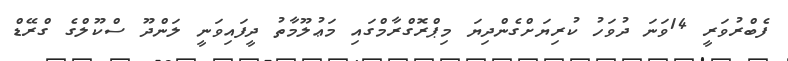
ފެބްރުވަރީ 14ވަނަ ދުވަހު ކުރިޔަށްގެންދިޔަ މިޕްރޮގްރާމްގައި މަޢުލޫމާތު ދީފައިވަނީ ލަންދޫ ސްކޫލްގެ ގްރޭޑް